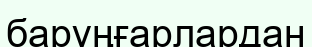
барұңғарлардан